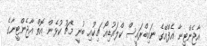
އާޖެންޓީނާ އެފްއޭގެ ނައިބްރައީސް ކްލައުޑިއޯ ޗިކުއި ބުނީ މެޗު ކުޅެން އޮތް އާޖެންޓީނާގެ